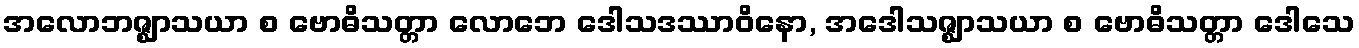
အလောဘဇ္ဈာသယာ စ ဗောဓိသတ္တာ လောဘေ ဒေါသဒဿာဝိနော, အဒေါသဇ္ဈာသယာ စ ဗောဓိသတ္တာ ဒေါသေ